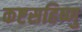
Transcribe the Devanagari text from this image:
कष्टसहिष्णु